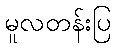
မူလတန်းပြ